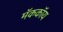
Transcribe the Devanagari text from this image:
मॅककॉय